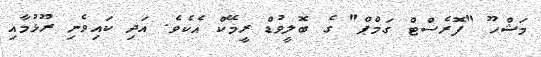
މަޝްހޫ "ފޮރެސްޓް ގަމްޕް" ގެ ބޮލީވުޑް ރީމޭކް އެކެވެ. އަދި ކައިވެނި ރޫޅުމާއި